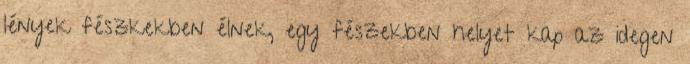
lények fészkekben élnek, egy fészekben helyet kap az idegen